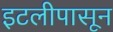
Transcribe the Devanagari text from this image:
इटलीपासून